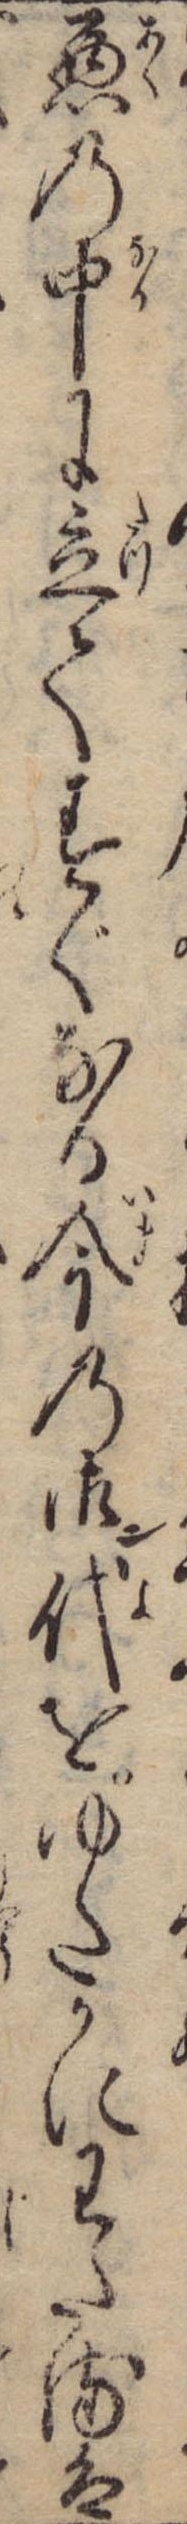
悪の中に立てすぐなる今の御ン代をゆたかにわたるは